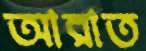
আরাত